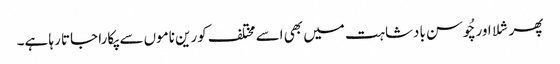
پھر شلا اور چُوسن بادشاہت میں بھی اسے مختلف کورین ناموں سے پکارا جاتا رہا ہے۔